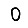
Digit: 0